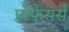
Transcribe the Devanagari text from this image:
प्रोफेसर्स